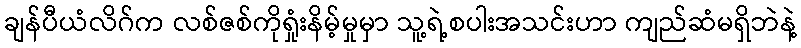
ချန်ပီယံလိဂ်က လစ်ဇစ်ကိုရှုံးနိမ့်မှုမှာ သူ့ရဲ့စပါးအသင်းဟာ ကျည်ဆံမရှိဘဲနဲ့